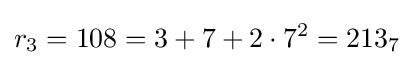
r_{3}=108=3+7+2\cdot 7^{2}=213_{7}